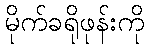
မိုက်ခရိုဖုန်းကို